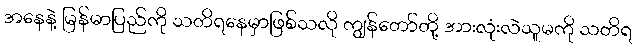
အနေနဲ့ မြန်မာပြည်ကို သတိရနေမှာဖြစ်သလို ကျွန်တော်တို့ အားလုံးလဲသူမကို သတိရ